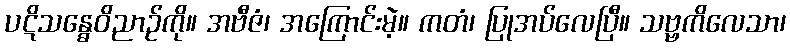
ပဋိသန္ဓေဝိညာဉ်ကို။ အဗီဇံ၊ အကြောင်းမဲ့။ ကတံ၊ ပြုအပ်လေပြီ။ သဗ္ဗကိလေသာ၊